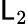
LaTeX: \mathsf{L}_{2}